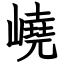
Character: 嶢